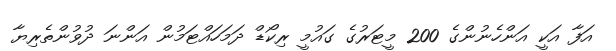
އަފާ އަކީ އަންހެނުންގެ 200 މީޓަރުގެ ގައުމީ ރިކޯޑް ދަމަހައްޓަމުން އަންނަ ދުވުންތެރިޔާ